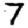
Digit: 7